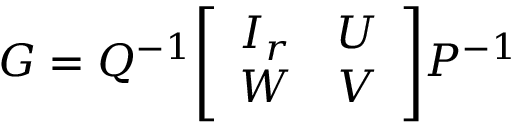
G = Q ^ { - 1 } { \left[ \begin{array} { l l } { I _ { r } } & { U } \\ { W } & { V } \end{array} \right] } P ^ { - 1 }